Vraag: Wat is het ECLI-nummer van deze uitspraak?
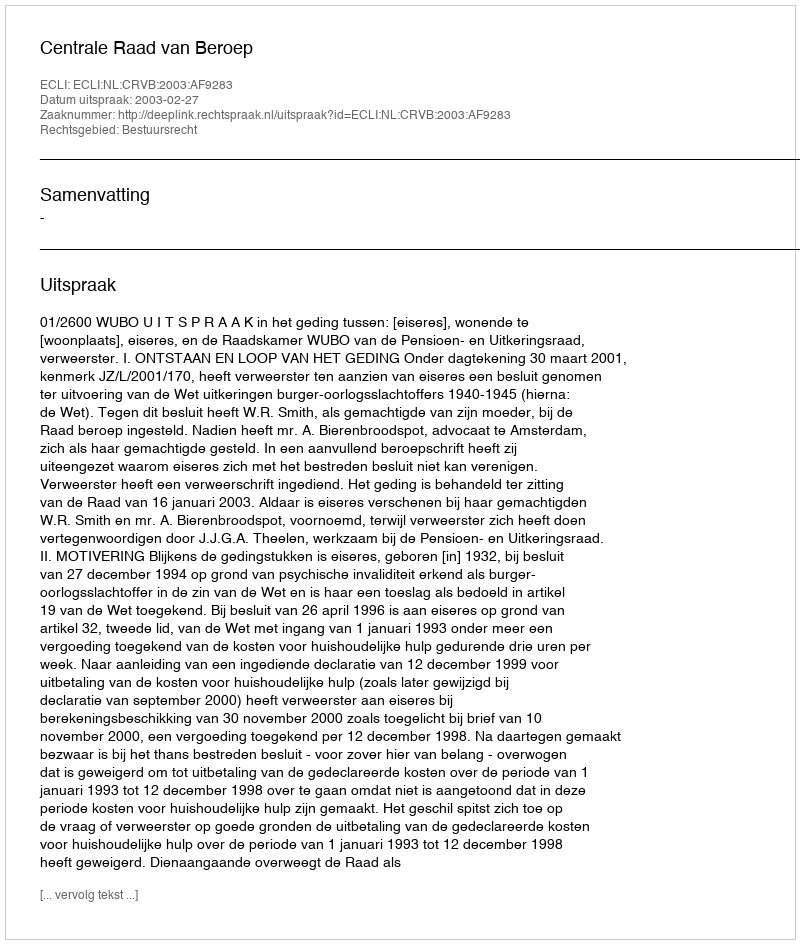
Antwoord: ECLI:NL:CRVB:2003:AF9283